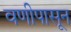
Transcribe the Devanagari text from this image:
वणीपासून